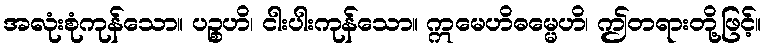
အလုံးစုံကုန်သော။ ပဉ္စဟိ၊ ငါးပါးကုန်သော။ ဣမေဟိဓမ္မေဟိ၊ ဤတရားတို့ဖြင့်။